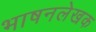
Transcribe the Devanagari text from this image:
भाषनलेखक